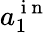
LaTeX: a_{1}^{\mathrm{~i~n~}}